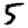
Digit: 5